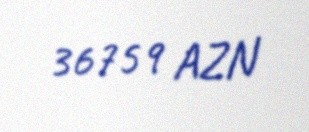
36759 AZN